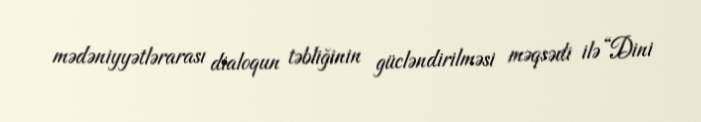
mədəniyyətlərarası dialoqun təbliğinin gücləndirilməsi məqsədi ilə “Dini